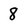
Character: 8